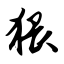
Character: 猥